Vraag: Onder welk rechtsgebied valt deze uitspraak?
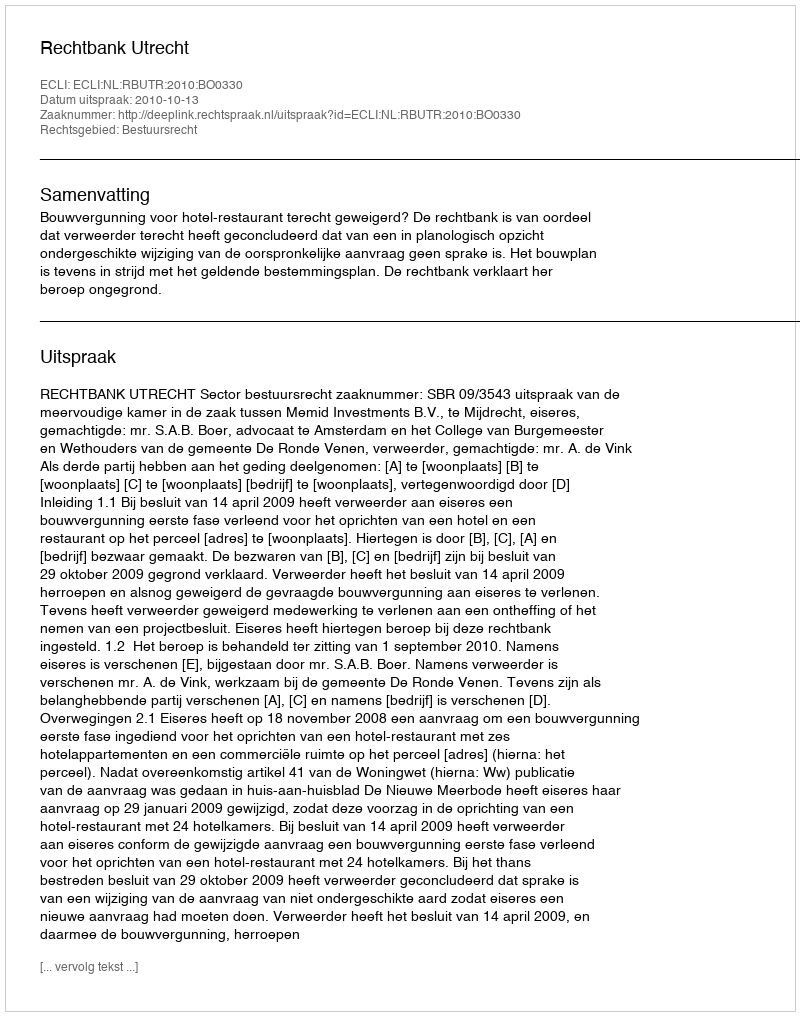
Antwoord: Bestuursrecht